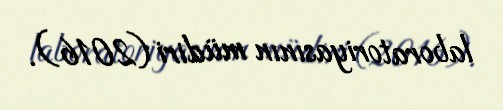
laboratoriyasının müdiri (2016).